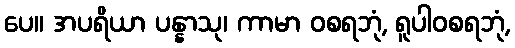
ပေ။ အပရိယာ ပန္နာသု၊ ကာမာ ဝစရဘုံ, ရူပါဝစရဘုံ,